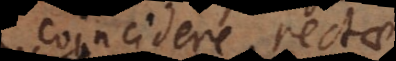
coincidere rectae